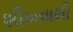
શીખવાથી